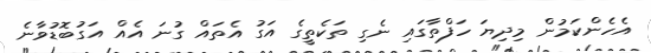
އެހެންކަމުން މިދިޔަ ހަފްތާގައި ނެގި ތަކެތީގެ އަގު އެތައް ގުނަ އެއް އަގުބޮޑުވާނެ